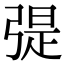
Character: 𢐂